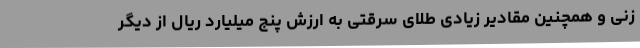
زنی و همچنین مقادیر زیادی طلای سرقتی به ارزش پنج میلیارد ریال از دیگر